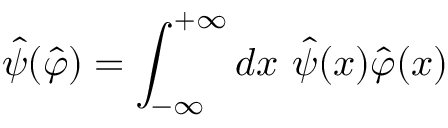
\hat { \psi } ( \hat { \varphi } ) = \int _ { - \infty } ^ { + \infty } d x ~ \hat { \psi } ( x ) \hat { \varphi } ( x )